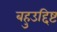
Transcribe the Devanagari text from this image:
बहुउद्दिष्ट